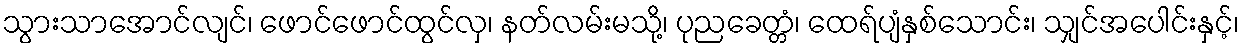
သွားသာအောင်လျင်၊ ဖောင်ဖောင်ထွင်လှ၊ နတ်လမ်းမသို့၊ ပုညခေတ္တံ၊ ထေရ်ပျံနှစ်သောင်း၊ သျှင်အပေါင်းနှင့်၊